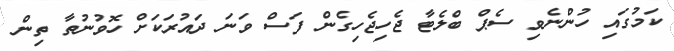
ކަމުގައި ހުންނެވި ސެޕް ބްލެޓާ ޖެހިޖެހިގެން ފަސް ވަނަ ދައުރަކަށް ހޮވުނުތާ ތިން